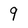
Character: 9